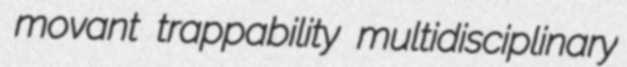
movant trappability multidisciplinary